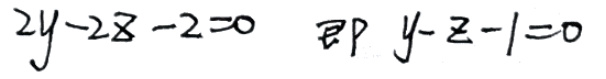
$2y - 2z - 2 = 0\ 即\ y - z - 1 = 0$